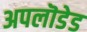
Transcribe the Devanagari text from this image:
अपलॊडेड